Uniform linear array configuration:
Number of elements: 64
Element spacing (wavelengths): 1
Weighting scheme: blackman
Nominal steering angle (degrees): -60
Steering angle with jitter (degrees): -61.108
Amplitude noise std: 0.05
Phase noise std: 0.05

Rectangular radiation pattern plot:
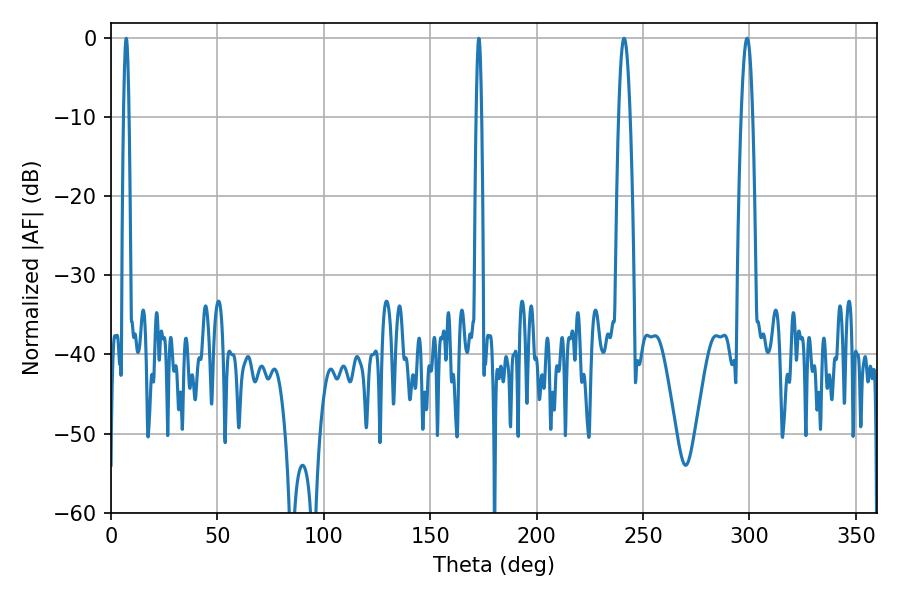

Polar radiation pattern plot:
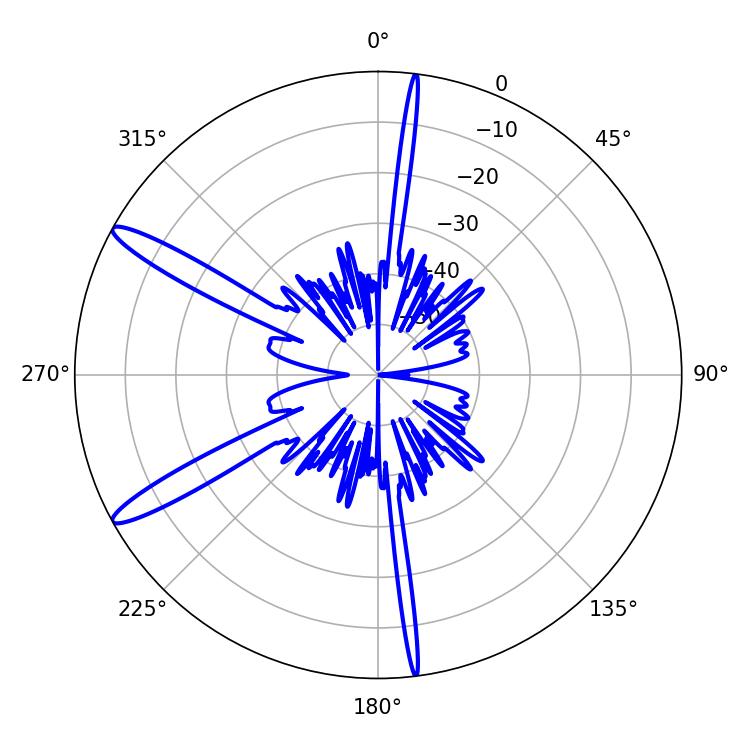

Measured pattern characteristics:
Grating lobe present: TRUE
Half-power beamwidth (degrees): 2.88
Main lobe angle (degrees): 241.02